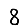
Digit: 8